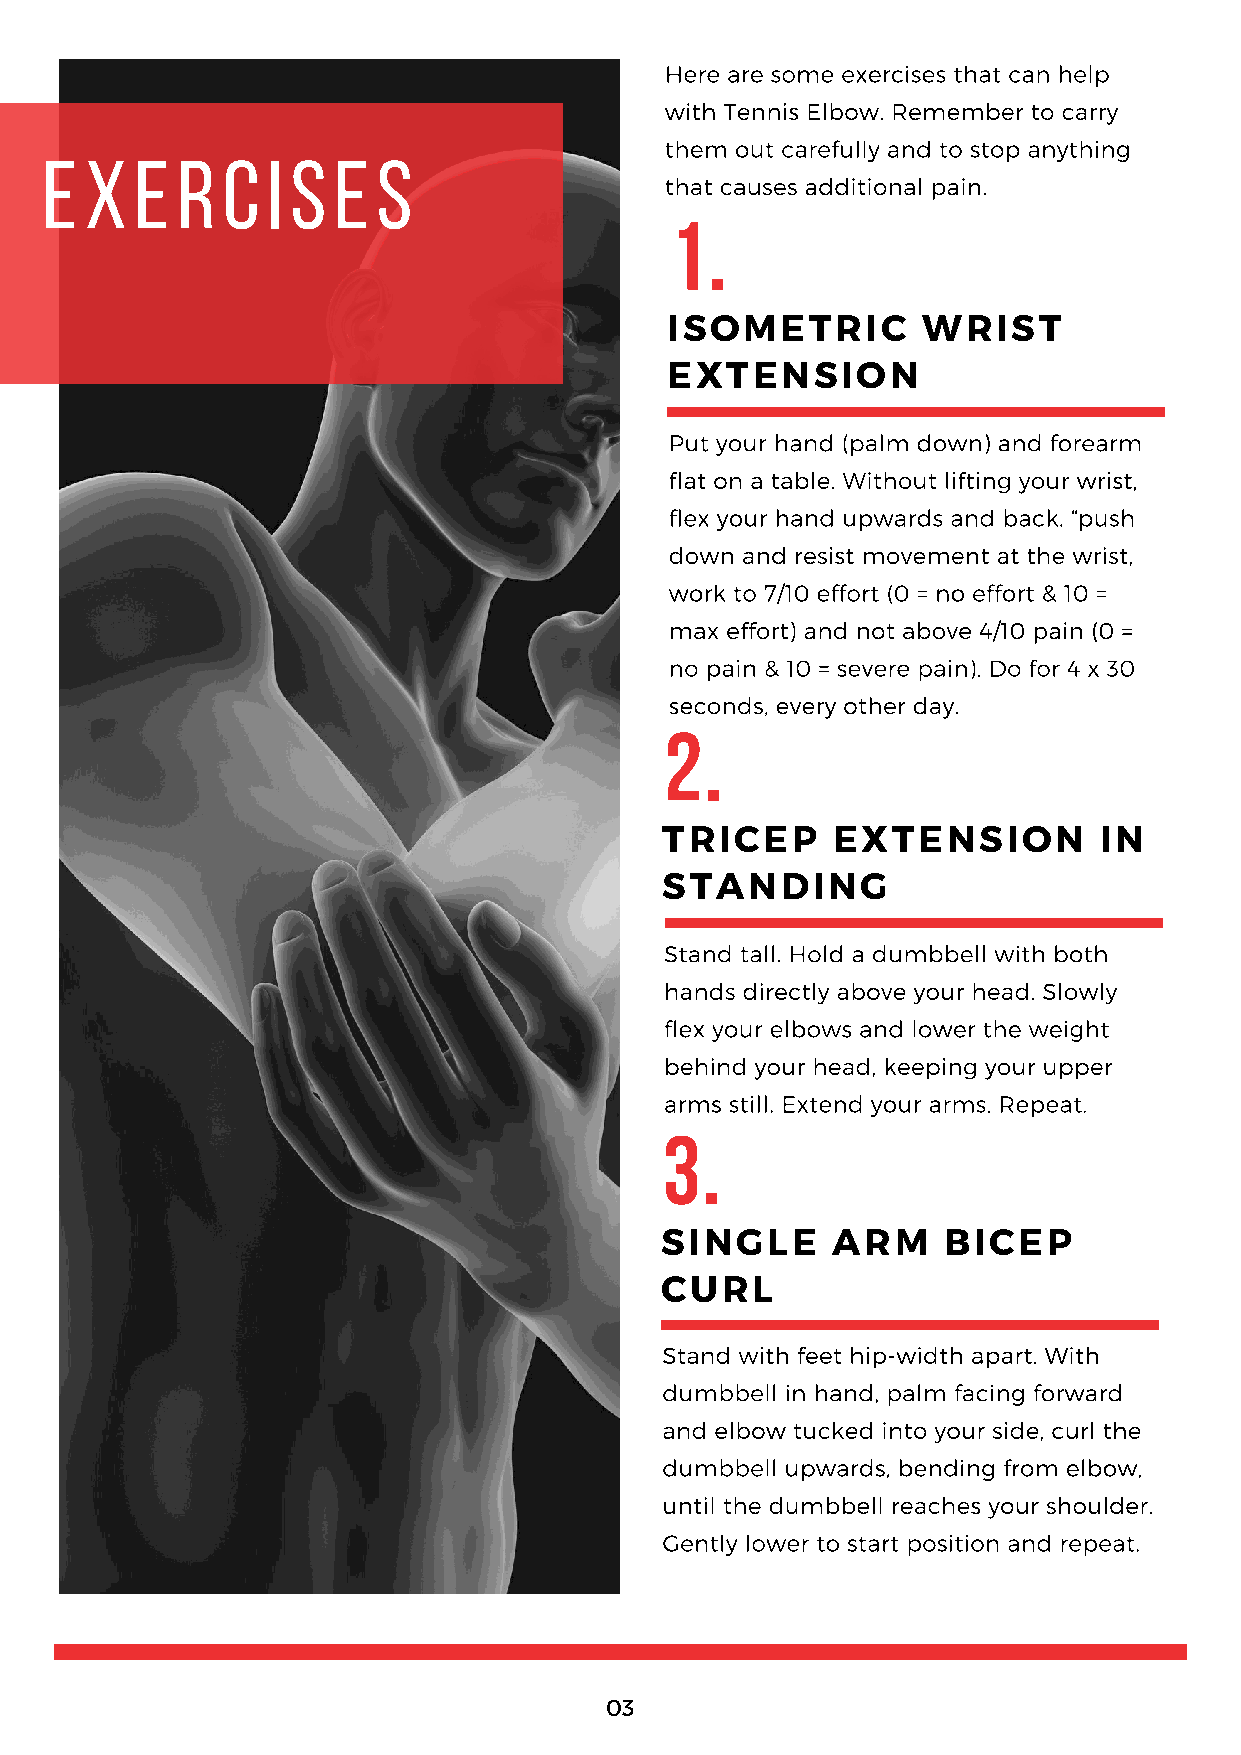
Here are some exercises that can help
 with Tennis Elbow. Remember to carry
 them out carefully and to stop anything
 e  x  e  r  c  i s e  s
 that causes additional pain.
 1.
 ISOMETRIC        WRIST
 EXTENSION
 Put your hand (palm down) and forearm
 flat on a table. Without lifting your wrist,
 flex your hand upwards and back. “push
 down and resist movement at the wrist,
 work to 7/10 effort (0 = no effort & 10 =
 max effort) and not above 4/10 pain (0 =
 no pain & 10 = severe pain). Do for 4 x 30
 seconds, every other day.
 2.
 TRICEP     EXTENSION         IN
 STANDING
 Stand tall. Hold a dumbbell with both
 hands directly above your head. Slowly
 flex your elbows and lower the weight
 behind your head, keeping your upper
 arms still. Extend your arms. Repeat.
 3.
 SINGLE     ARM    BICEP
 CURL
 Stand with feet hip-width apart. With
 dumbbell in hand, palm facing forward
 and elbow tucked into your side, curl the
 dumbbell upwards, bending from elbow,
 until the dumbbell reaches your shoulder.
 Gently lower to start position and repeat.
 03